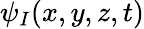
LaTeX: \psi_{I}(x,y,z,t)